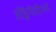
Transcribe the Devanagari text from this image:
अँड्रेनॅलीनने